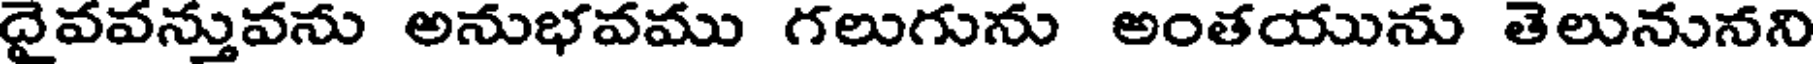
దైవవన్తువను అనుభవము గలుగును అంతయును తెలునునని